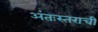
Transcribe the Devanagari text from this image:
अंतःस्तराची